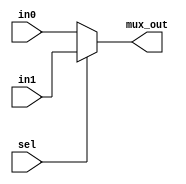
`timescale 1ns / 1ps
//////////////////////////////////////////////////////////////////////////////////
// Company: 
// Engineer: 
// 
// Design Name: 
// Module Name: multiplexor
// Project Name: 
// Target Devices: 
// Tool Versions: 
// Description: 
// 
// Dependencies: 
// 
// Revision:
// Revision 0.01 - File Created
// Additional Comments:
// 
//////////////////////////////////////////////////////////////////////////////////


module multiplexor
    #(parameter width =5)
    (input wire [width-1:0] in0,in1,
    input wire sel,
    output [width-1:0] mux_out
    );

    assign mux_out = sel ? in1 : in0;
endmodule